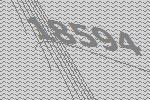
18594